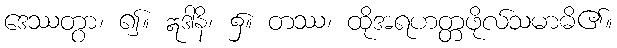
ဒေဿတွာ၊ ၍။ ဣဒါနိ၊ ၌။ တဿ၊ ထိုအရဟတ္တဖိုလ်သမာဓိ၏။